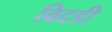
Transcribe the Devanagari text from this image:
बिदडी